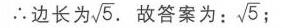
\(\therefore\)边长为\(\sqrt{5}\). 故答案为：\(\sqrt{5}\)；